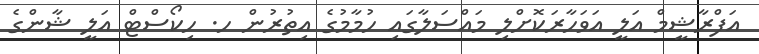
އަފްރާޝީމް އަލީ އަވަހާރަކޮށްލި މައްސަލާގައި ހުމާމުގެ އިތުރުން ހ. ހިކޯސްޓް އަލީ ޝާންގެ